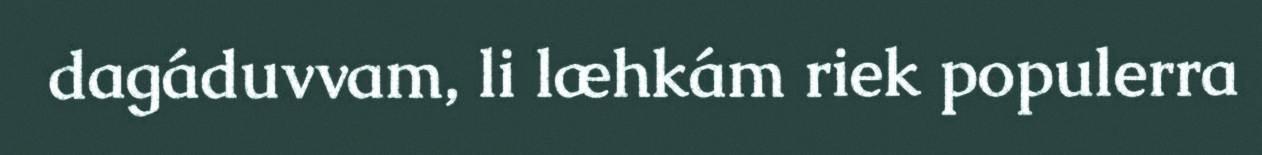
dagáduvvam, li læhkám riek populerra